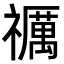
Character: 禲